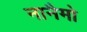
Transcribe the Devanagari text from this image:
नानैमो